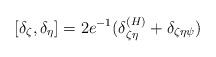
LaTeX: \begin{align*}[ \delta_\zeta, \delta_\eta ] = 2e^{-1} ( \delta^{(H)}_{\zeta\eta} + \delta_{\zeta\eta\psi})\end{align*}